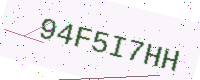
Text: 94F5I7HH